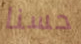
حسنا